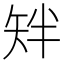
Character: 𬑰